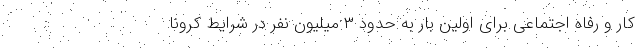
کار و رفاه اجتماعی برای اولین بار به حدود ۳ میلیون نفر در شرایط کرونا